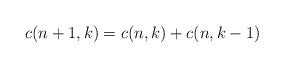
LaTeX: \begin{align*}c(n+1,k)=c(n,k)+c(n,k-1)\end{align*}